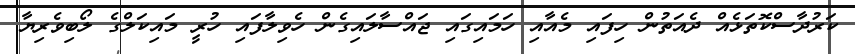
ކަރުދާސްކޮތަޅެއް ދެއަތުން ހިފައި މެއާއި ހަމައިގައި ޖައްސާލައިގެން ހެވިލާފައި ހުރީ މައިކަލްގެ ލޯބިވެރިޔާ